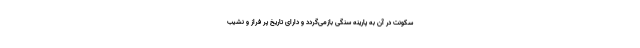
سکونت در آن به پارینه سنگی بازمی‌گردد و دارای تاریخ پر فراز و نشیب